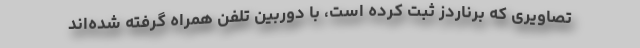
تصاویری که برناردز ثبت کرده است، با دوربین تلفن همراه گرفته شده‌اند